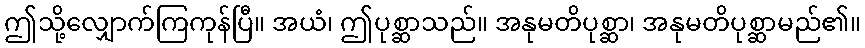
ဤသို့လျှောက်ကြကုန်ပြီ။ အယံ၊ ဤပုစ္ဆာသည်။ အနုမတိပုစ္ဆာ၊ အနုမတိပုစ္ဆာမည်၏။